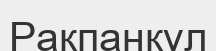
Рақпанқұл